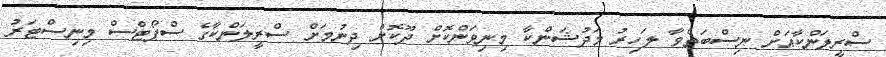
ސްރީލަންކާއަށް ނިސްބަތްވާ ލަހިރު މަދުޝަންކާ މިނިވަންކޮށް ދޫކޮށް ދިނުމަށް ސްރީލަންކާގެ ސްޕޯޓްސް މިނިސްޓަރު